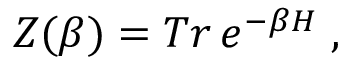
Z ( \beta ) = T r \, e ^ { - \beta H } \; ,